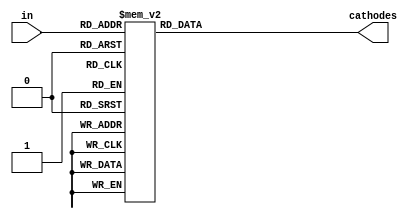
`timescale 1ns / 1ps
//////////////////////////////////////////////////////////////////////////////////
// Company: 
// Engineer: 
// 
// Design Name: 
// Module Name:    test 
// Project Name: 
// Target Devices: 
// Tool versions: 
// Description: 
//
// Dependencies: 
//
// Revision: 
// Revision 0.01 - File Created
// Additional Comments: 
//
//////////////////////////////////////////////////////////////////////////////////
`timescale 1ns / 1ps
//////////////////////////////////////////////////////////////////////////////////
// Company: 
// Engineer: 
// 
// Design Name: 
// Module Name:    test 
// Project Name: 
// Target Devices: 
// Tool versions: 
// Description: 
//
// Dependencies: 
//
// Revision: 
// Revision 0.01 - File Created
// Additional Comments: 
//
//////////////////////////////////////////////////////////////////////////////////
module display(
    input [3:0]in,
    output reg [7:0] cathodes);
	always @(*) begin
		case (in)            
            4'd0: cathodes = 8'b00000011;
            4'd1: cathodes = 8'b10011111;
            4'd2: cathodes = 8'b00100101;
            4'd3: cathodes = 8'b00001101;
            4'd4: cathodes = 8'b10011001;
            4'd5: cathodes = 8'b01001001;
            4'd6: cathodes = 8'b01000001;
            4'd7: cathodes = 8'b00011111;
            4'd8: cathodes = 8'b00000001;
            4'd9: cathodes = 8'b00001001;
			default: cathodes = 8'b11111111;
		endcase
	end
endmodule